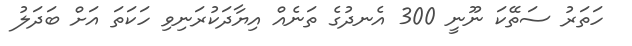
ހަތަރު ސަތޭކަ ނޫނީ 300 އެނދުގެ ތަނެއް އިޔާދަކުރަނިވި ހަކަތަ އަށް ބަދަލު